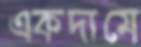
একদামে